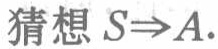
猜想 \(S\Rightarrow A\).